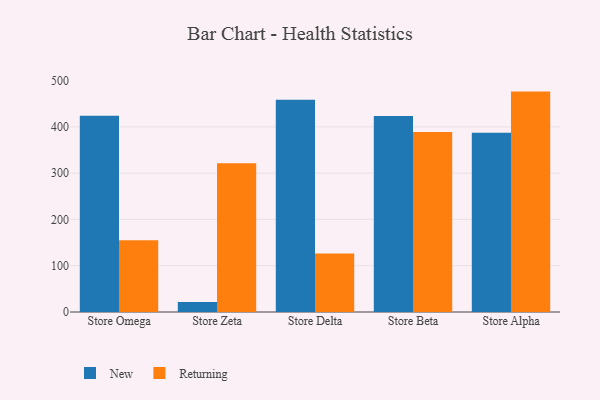
{"axis": {"x": "Store", "y": "Revenue (USD Million)"}, "legend": ["New", "Returning"], "data": [{"x": "Store Omega", "y": 423.8, "type": "New"}, {"x": "Store Omega", "y": 154.9, "type": "Returning"}, {"x": "Store Zeta", "y": 21.8, "type": "New"}, {"x": "Store Zeta", "y": 321.5, "type": "Returning"}, {"x": "Store Delta", "y": 458.3, "type": "New"}, {"x": "Store Delta", "y": 126.5, "type": "Returning"}, {"x": "Store Beta", "y": 423.5, "type": "New"}, {"x": "Store Beta", "y": 388.8, "type": "Returning"}, {"x": "Store Alpha", "y": 387.2, "type": "New"}, {"x": "Store Alpha", "y": 476.1, "type": "Returning"}]}